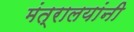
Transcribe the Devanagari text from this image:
मंत्रालयांनी